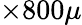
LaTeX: \times 800\mu